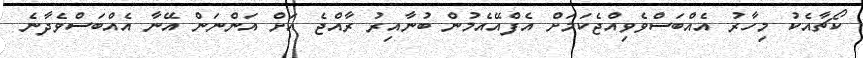
ކޯޗާއެކު މިހާރު އެއްބަސްވެވިއްޖެކަމަށް އެފްއޭއެމުން ބުނާއިރު ރާއްޖެ އަށް އަންނަން އޭނާ އެއްބަސްވެދާނެ